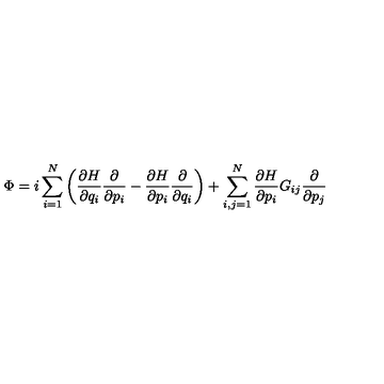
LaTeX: \Phi = i \sum _ { i = 1 } ^ { N } \left( { \frac { \partial H } { \partial q _ { i } } } { \frac { \partial } { \partial p _ { i } } } - { \frac { \partial H } { \partial p _ { i } } } { \frac { \partial } { \partial q _ { i } } } \right) + \sum _ { i , j = 1 } ^ { N } { \frac { \partial H } { \partial p _ { i } } } G _ { i j } { \frac { \partial } { \partial p _ { j } } }